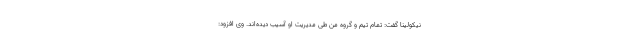
نیکولینا گفت: تمام تیم و گروه من طی مدیریت او آسیب دیده‌اند. وی افزود: